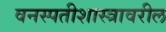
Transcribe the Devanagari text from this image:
वनस्पतीशास्त्रावरील